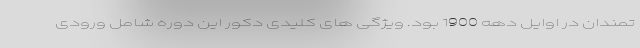
تمندان در اوایل دهه 1900 بود. ویژگی های کلیدی دکور این دوره شامل ورودی